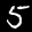
Label: 5